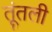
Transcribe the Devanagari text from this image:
तूंतली